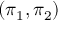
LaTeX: ( \pi _ { 1 } , \pi _ { 2 } )